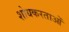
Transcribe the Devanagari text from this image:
शोधकरताओं